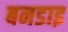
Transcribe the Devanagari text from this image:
बनडाइ